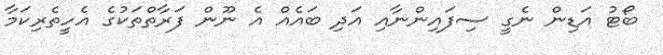
ބޯޓު އަޑިން ނެގީ ސިފައިންނާއި އަދި ބައެއް އެ ނޫން ފަރާތްތަކުގެ އެހީތެރިކަމާ